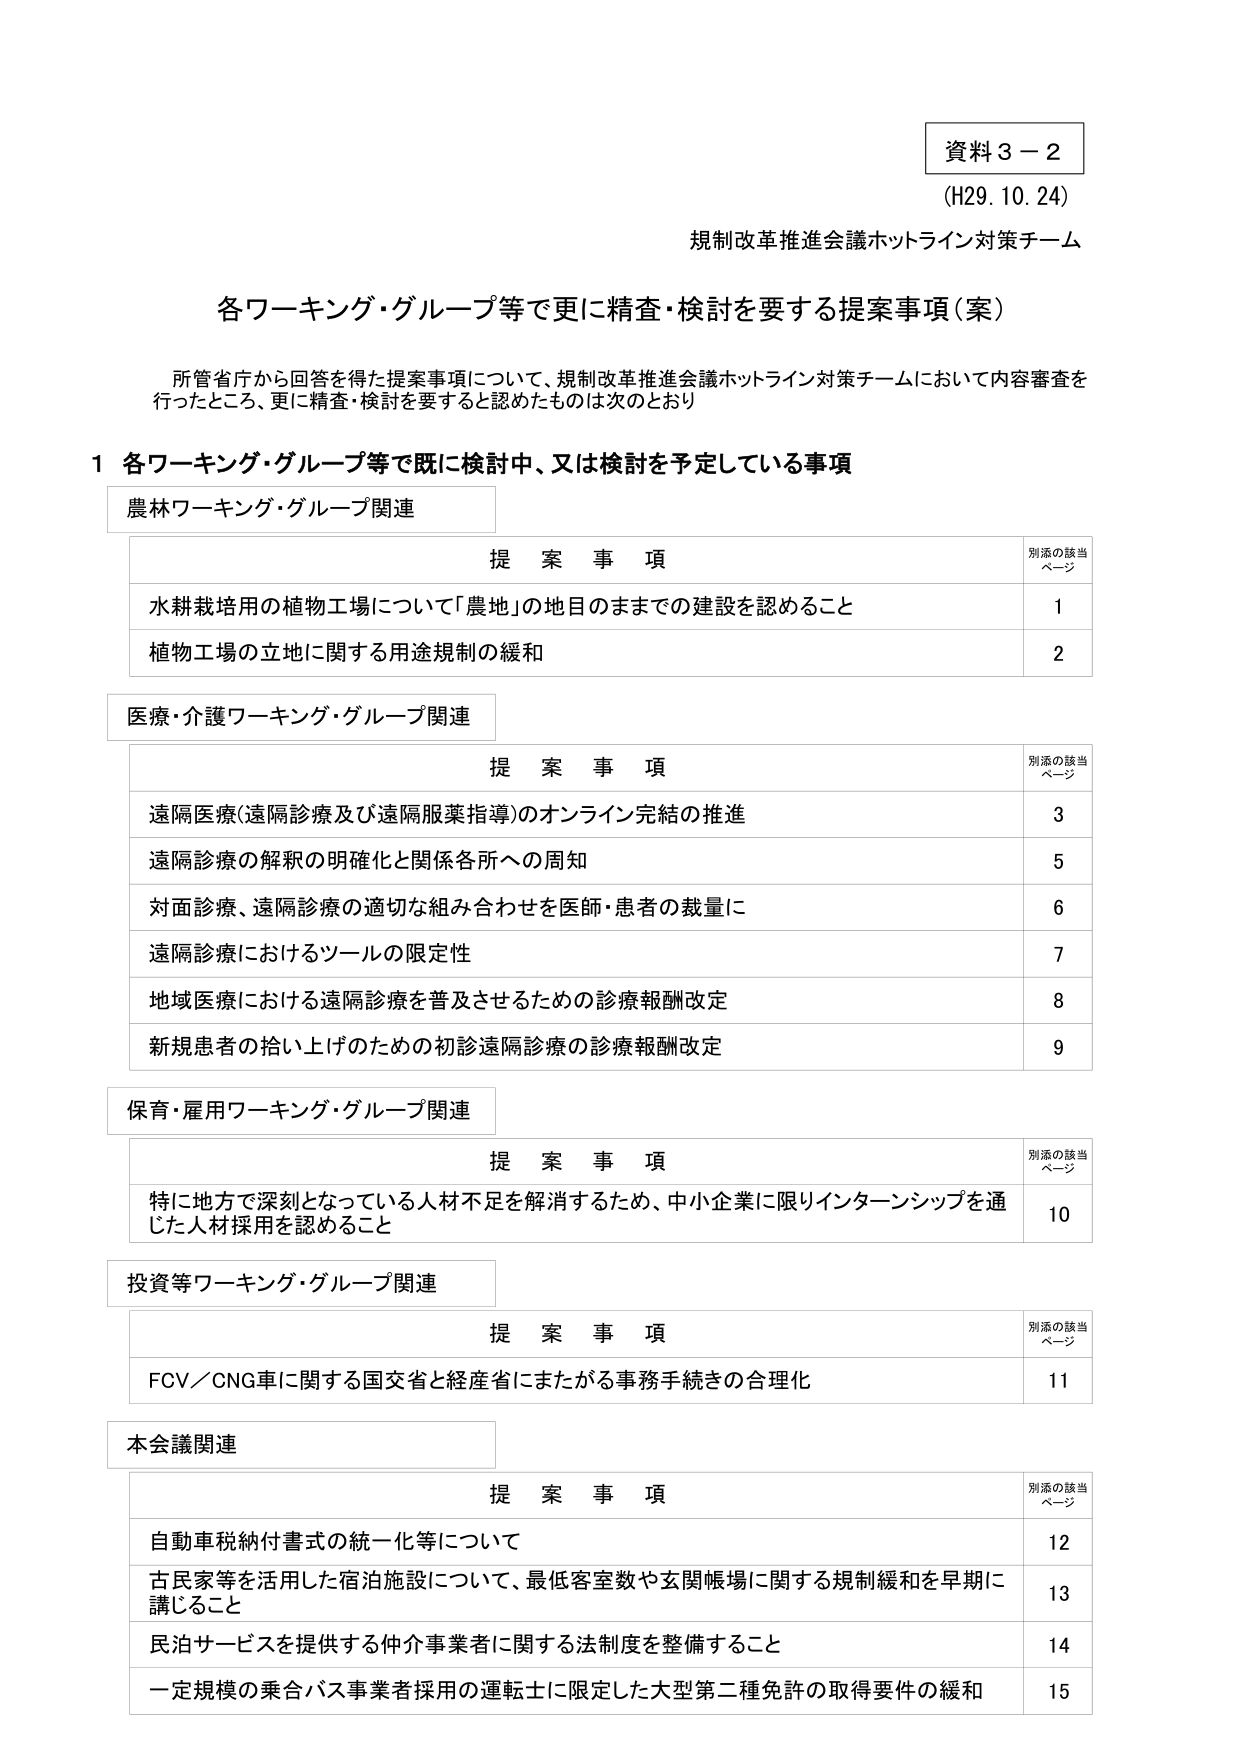
資料３－２
(H29.10.24)
規制改革推進会議ホットライン対策チーム

各ワーキング・グループ等で更に精査・検討を要する提案事項（案）

所管省庁から回答を得た提案事項について、規制改革推進会議ホットライン対策チームにおいて内容審査を行ったところ、更に精査・検討を要すると認めたものは次のとおり

1 各ワーキング・グループ等で既に検討中、又は検討を予定している事項

農林ワーキング・グループ関連

提案事項